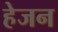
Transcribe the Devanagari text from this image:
हेजन